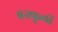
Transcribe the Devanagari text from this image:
बनफूलों